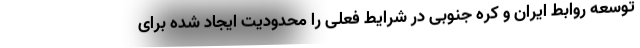
توسعه روابط ایران و کره جنوبی در شرایط فعلی را محدودیت ایجاد شده برای